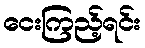
ငေးကြည့်ရင်း